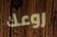
روعك